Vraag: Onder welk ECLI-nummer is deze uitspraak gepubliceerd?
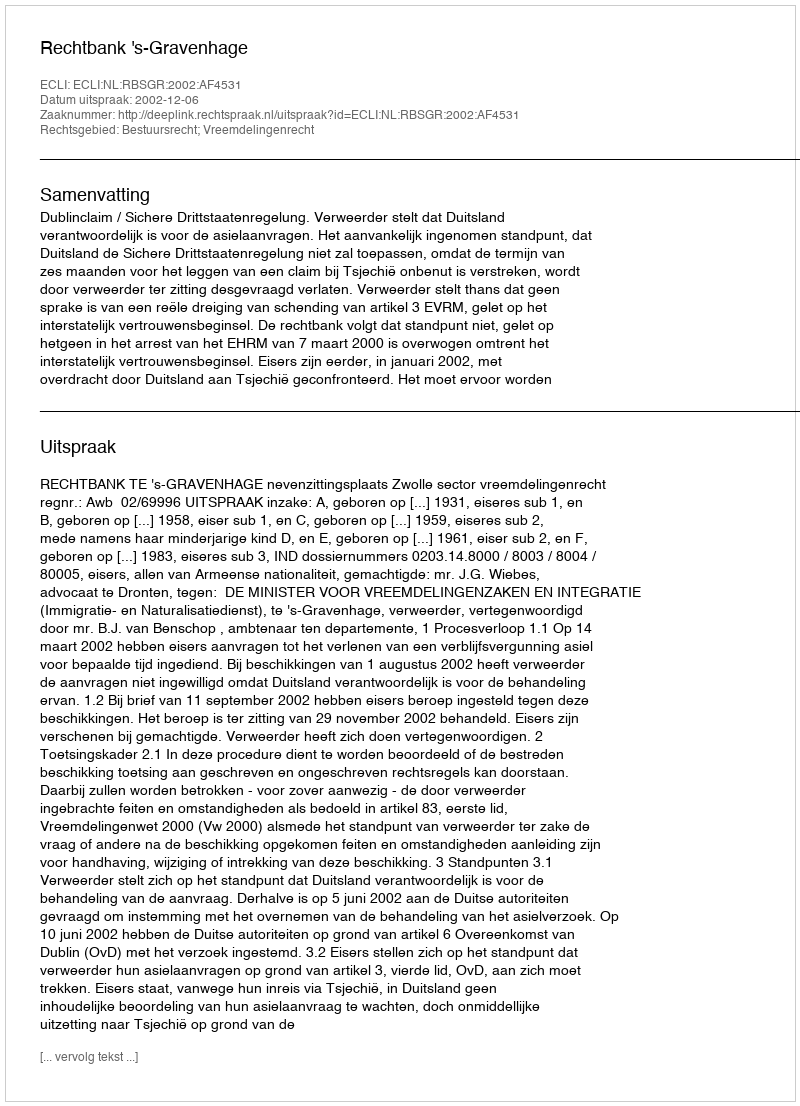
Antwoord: ECLI:NL:RBSGR:2002:AF4531